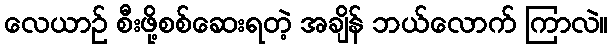
လေယာဉ် စီးဖို့စစ်ဆေးရတဲ့ အချိန် ဘယ်လောက် ကြာလဲ။